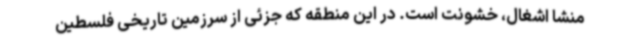
منشا اشغال، خشونت است. در این منطقه که جزئی از سرزمین تاریخی فلسطین